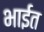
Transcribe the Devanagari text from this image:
भाईत